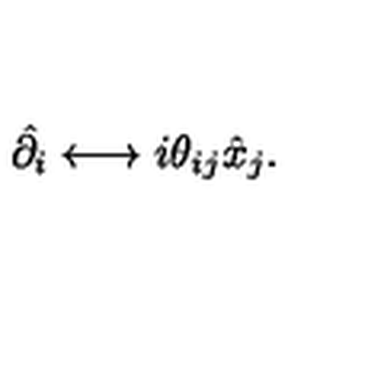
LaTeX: \hat { \partial _ { i } } \longleftrightarrow i \theta _ { i j } \hat { x } _ { j } .